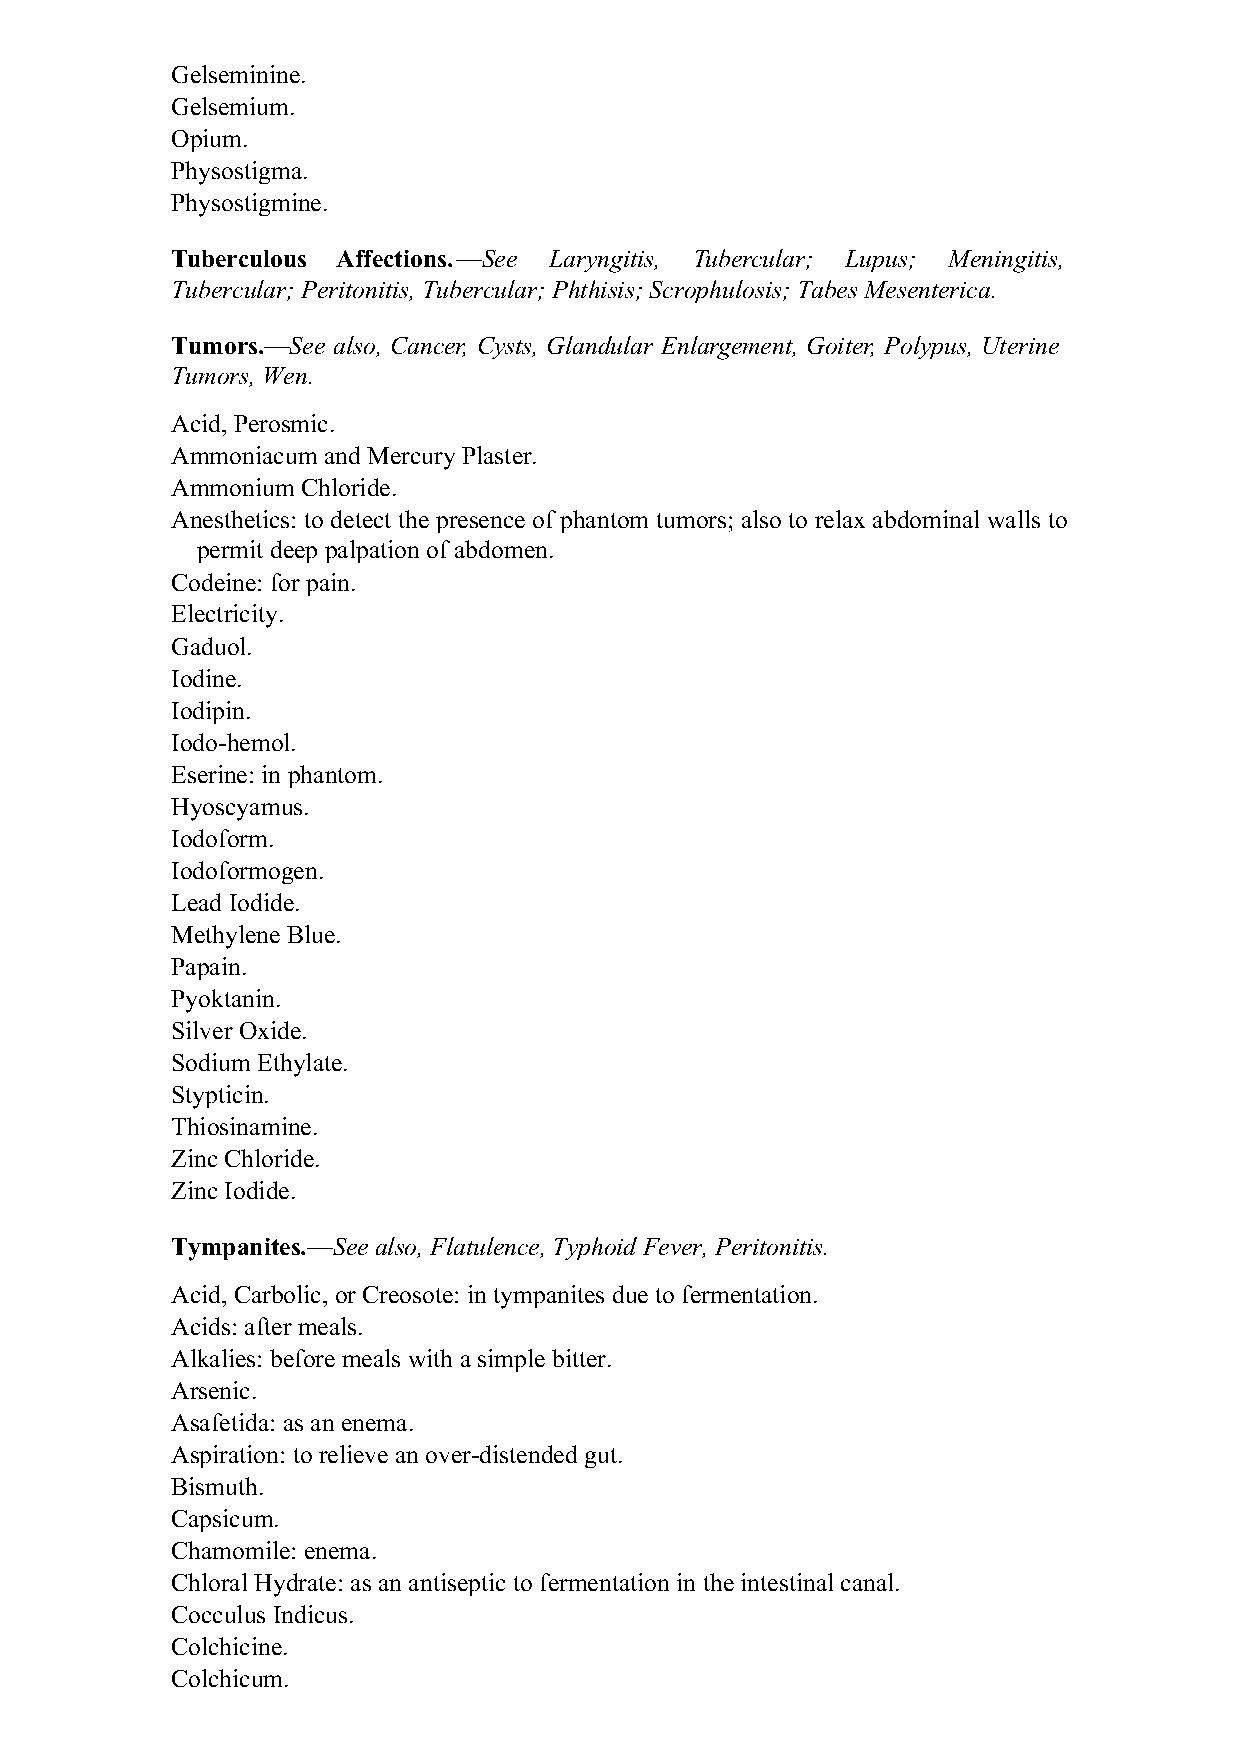
Gelseminine.
 Gelsemium.
 Opium.
 Physostigma.
 Physostigmine.
 Tuberculous Affections.—See Laryngitis, Tubercular; Lupus; Meningitis,
 Tubercular; Peritonitis, Tubercular; Phthisis; Scrophulosis; Tabes Mesenterica.
 Tumors.—See also, Cancer, Cysts, Glandular Enlargement, Goiter, Polypus, Uterine
 Tumors, Wen.
 Acid, Perosmic.
 Ammoniacum and Mercury Plaster.
 Ammonium Chloride.
 Anesthetics: to detect the presence of phantom tumors; also to relax abdominal walls to
 permit deep palpation of abdomen.
 Codeine: for pain.
 Electricity.
 Gaduol.
 Iodine.
 Iodipin.
 Iodo-hemol.
 Eserine: in phantom.
 Hyoscyamus.
 Iodoform.
 Iodoformogen.
 Lead Iodide.
 Methylene Blue.
 Papain.
 Pyoktanin.
 Silver Oxide.
 Sodium Ethylate.
 Stypticin.
 Thiosinamine.
 Zinc Chloride.
 Zinc Iodide.
 Tympanites.—See also, Flatulence, Typhoid Fever, Peritonitis.
 Acid, Carbolic, or Creosote: in tympanites due to fermentation.
 Acids: after meals.
 Alkalies: before meals with a simple bitter.
 Arsenic.
 Asafetida: as an enema.
 Aspiration: to relieve an over-distended gut.
 Bismuth.
 Capsicum.
 Chamomile: enema.
 Chloral Hydrate: as an antiseptic to fermentation in the intestinal canal.
 Cocculus Indicus.
 Colchicine.
 Colchicum.